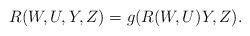
LaTeX: \begin{align*}R(W,U,Y,Z)=g(R(W,U)Y,Z).\end{align*}